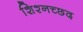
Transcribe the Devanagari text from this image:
शिश्नच्छद